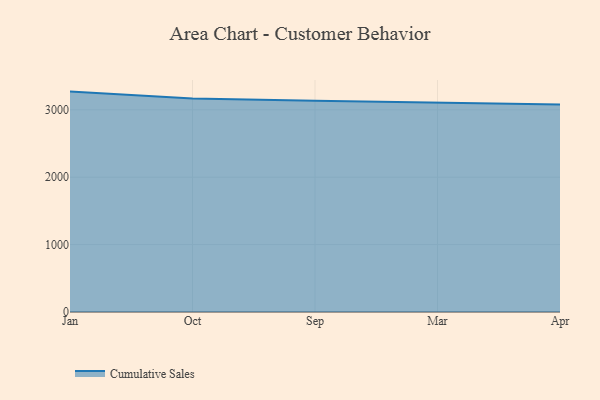
{"axis": {"x": "Month", "y": "Active Users"}, "legend": ["Cumulative Sales"], "data": [{"x": "Jan", "y": 3270.8, "type": "Cumulative Sales"}, {"x": "Oct", "y": 3166.7, "type": "Cumulative Sales"}, {"x": "Sep", "y": 3135.6, "type": "Cumulative Sales"}, {"x": "Mar", "y": 3105.8, "type": "Cumulative Sales"}, {"x": "Apr", "y": 3079.4, "type": "Cumulative Sales"}]}